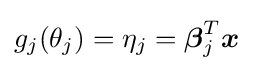
g_{j}(\theta _{j})=\eta _{j}={\boldsymbol {\beta }}_{j}^{T}{\boldsymbol {x}}